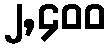
၂,၄၀၀